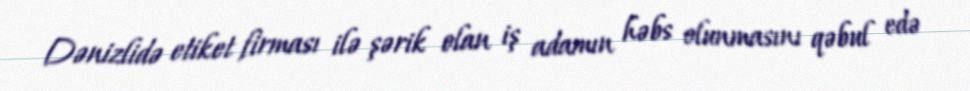
Dənizlidə etiket firması ilə şərik olan iş adamın həbs olunmasını qəbul edə